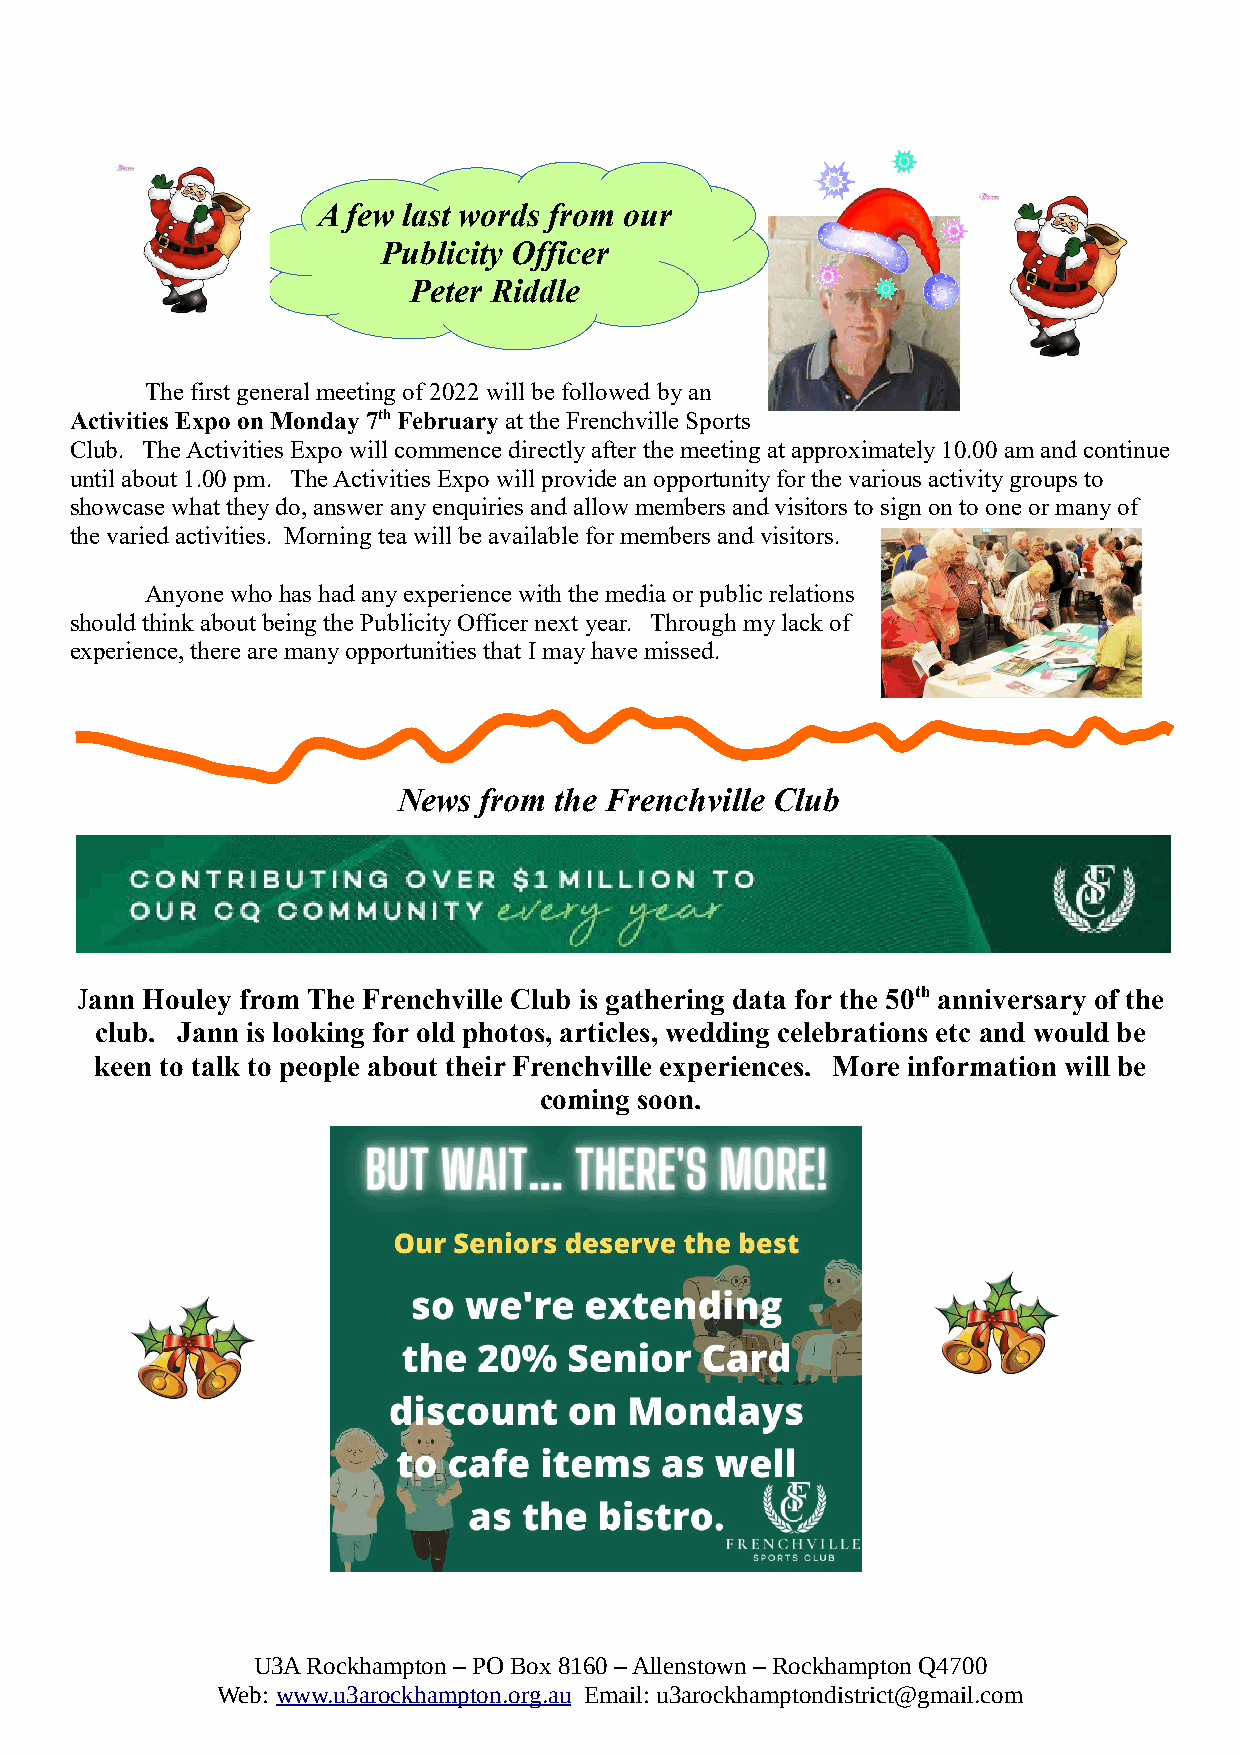
A few last words from our
 Publicity Officer
 Peter Riddle
 The first general meeting of 2022 will be followed by an
 Activities Expo on Monday 7th February at the Frenchville Sports
 Club. The Activities Expo will commence directly after the meeting at approximately 10.00 am and continue
 until about 1.00 pm. The Activities Expo will provide an opportunity for the various activity groups to
 showcase what they do, answer any enquiries and allow members and visitors to sign on to one or many of
 the varied activities. Morning tea will be available for members and visitors.
 Anyone who has had any experience with the media or public relations
 should think about being the Publicity Officer next year. Through my lack of
 experience, there are many opportunities that I may have missed.
 News  from the Frenchville Club
 Jann Houley from The Frenchville Club is gathering data for the 50th anniversary of the
 club. Jann is looking for old photos, articles, wedding celebrations etc and would be
 keen to talk to people about their Frenchville experiences. More information will be
 coming soon.
 U3A Rockhampton – PO Box 8160 – Allenstown – Rockhampton Q4700
 Web: www.u3arockhampton.org.au Email: u3arockhamptondistrict@gmail.com